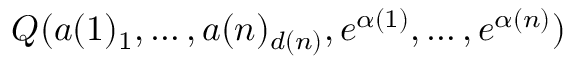
Q ( a ( 1 ) _ { 1 } , \dots , a ( n ) _ { d ( n ) } , e ^ { \alpha ( 1 ) } , \dots , e ^ { \alpha ( n ) } )